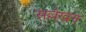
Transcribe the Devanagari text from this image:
सल्लेखन